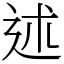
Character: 述